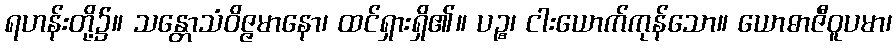
ရဟန်းတို့၌။ သန္တောသံဝိဇ္ဇမာနော၊ ထင်ရှားရှိ၏။ ပဉ္စ၊ ငါးယောက်ကုန်သော။ ယောဓာဇီဝူပမာ၊